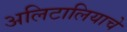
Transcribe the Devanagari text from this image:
अलिटालियाचे